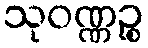
သုဝဏ္ဏဉ္စ